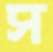
স